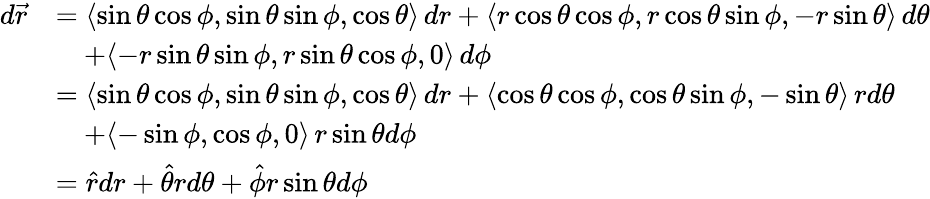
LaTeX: \begin{array}{rl}{d\vec{r}}&{=\langle\sin\theta\cos\phi,\sin\theta\sin\phi,\cos\theta\rangle\, dr+\langle r\cos\theta\cos\phi,r\cos\theta\sin\phi,-r\sin\theta\rangle\, d\theta}\\ &{\quad+\langle-r\sin\theta\sin\phi,r\sin\theta\cos\phi,0\rangle\, d\phi}\\ &{=\langle\sin\theta\cos\phi,\sin\theta\sin\phi,\cos\theta\rangle\, dr+\langle\cos\theta\cos\phi,\cos\theta\sin\phi,-\sin\theta\rangle\, rd\theta}\\ &{\quad+\langle-\sin\phi,\cos\phi,0\rangle\, r\sin\theta d\phi}\\ &{=\hat{r}dr+\hat{\theta}rd\theta+\hat{\phi}r\sin\theta d\phi}\end{array}